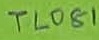
Text: TL081